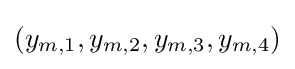
(y_{m,1},y_{m,2},y_{m,3},y_{m,4})